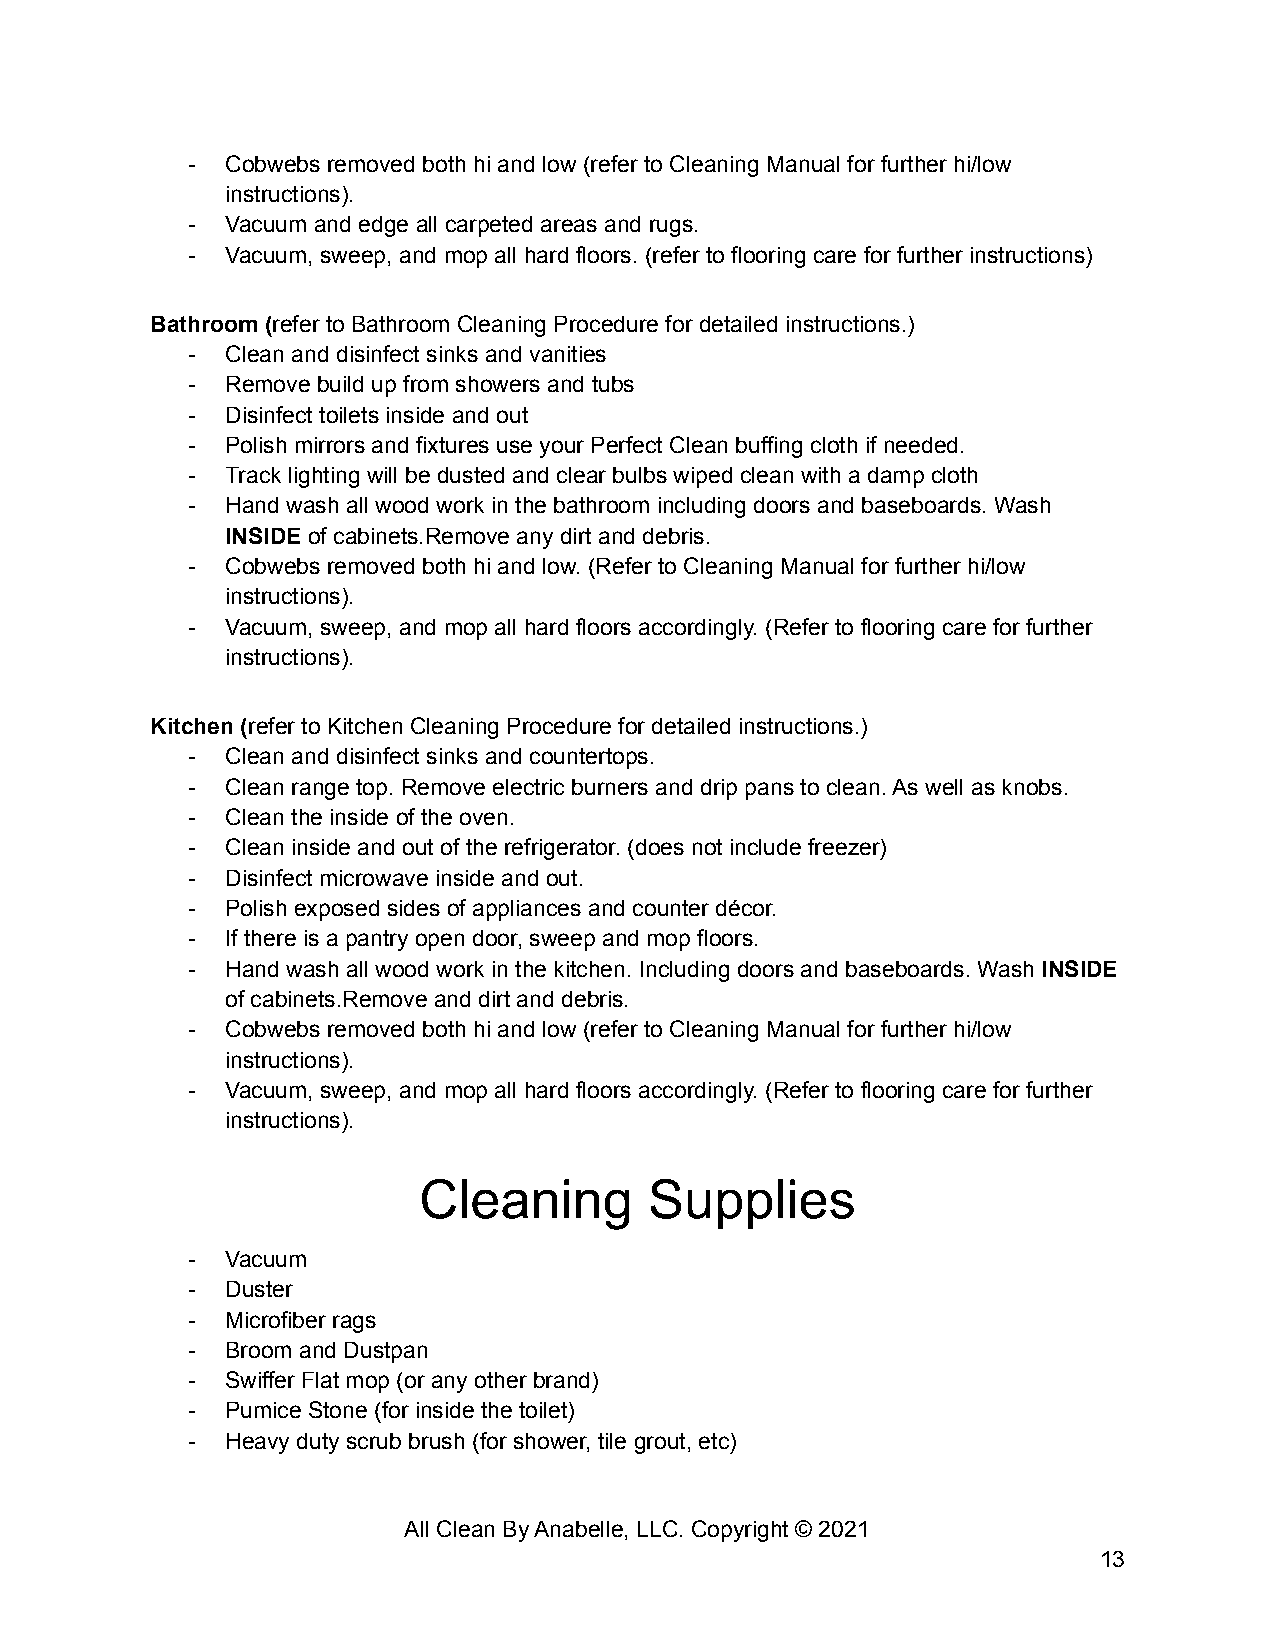
-  Cobwebs removed both hi and low (refer to Cleaning Manual for further hi/low
 instructions).
 -  Vacuum and edge all carpeted areas and rugs.
 -  Vacuum, sweep, and mop all hard floors. (refer to flooring care for further instructions)
 Bathroom (refer to Bathroom Cleaning Procedure for detailed instructions.)
 -  Clean and disinfect sinks and vanities
 -  Remove build up from showers and tubs
 -  Disinfect toilets inside and out
 -  Polish mirrors and fixtures use your Perfect Clean buffing cloth if needed.
 -  Track lighting will be dusted and clear bulbs wiped clean with a damp cloth
 -  Hand wash all wood work in the bathroom including doors and baseboards. Wash
 INSIDE of cabinets.Remove any dirt and debris.
 -  Cobwebs removed both hi and low. (Refer to Cleaning Manual for further hi/low
 instructions).
 -  Vacuum, sweep, and mop all hard floors accordingly. (Refer to flooring care for further
 instructions).
 Kitchen (refer to Kitchen Cleaning Procedure for detailed instructions.)
 -  Clean and disinfect sinks and countertops.
 -  Clean range top. Remove electric burners and drip pans to clean. As well as knobs.
 -  Clean the inside of the oven.
 -  Clean inside and out of the refrigerator. (does not include freezer)
 -  Disinfect microwave inside and out.
 -  Polish exposed sides of appliances and counter décor.
 -  If there is a pantry open door, sweep and mop floors.
 -  Hand wash all wood work in the kitchen. Including doors and baseboards. Wash INSIDE
 of cabinets.Remove and dirt and debris.
 -  Cobwebs removed both hi and low (refer to Cleaning Manual for further hi/low
 instructions).
 -  Vacuum, sweep, and mop all hard floors accordingly. (Refer to flooring care for further
 instructions).
 Cleaning       Supplies
 -  Vacuum
 -  Duster
 -  Microfiber rags
 -  Broom and Dustpan
 -  Swiffer Flat mop (or any other brand)
 -  Pumice Stone (for inside the toilet)
 -  Heavy duty scrub brush (for shower, tile grout, etc)
 All Clean By Anabelle, LLC. Copyright © 2021
 13